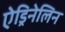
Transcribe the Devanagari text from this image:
ऐड्रिनेलिन